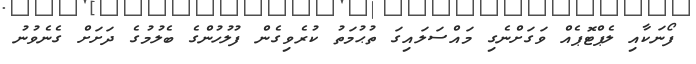
ފޯނަކާއި ލެޕްޓޮޕެއް ވަގަށްނެގި މައްސަލައިގަ ތުޙުމަތު ކުރެވިގެން ފުލުހުންގެ ބެލުމުގެ ދަށަށް ގެނެވުނު